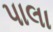
પાલા